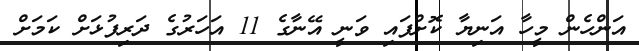
އަންހެން މީހާ އަނިޔާ ކޮށްފައި ވަނީ އޭނާގެ 11 އަހަރުގެ ދަރިފުޅަށް ކަމަށް